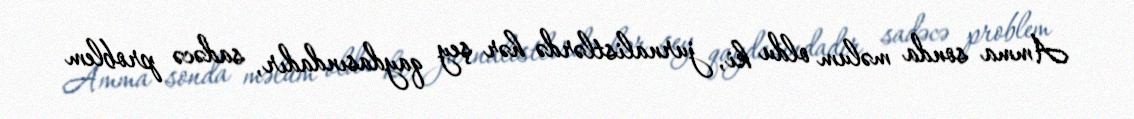
Amma sonda məlum oldu ki, jurnalistlərdə hər şey qaydasındadır, sadəcə problem